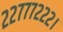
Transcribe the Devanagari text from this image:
२२७७७२२२।